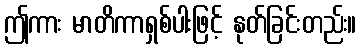
ဤကား မာတိကာရှစ်ပါးဖြင့် နုတ်ခြင်းတည်း။